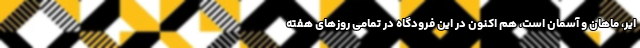
ایر، ماهان و آسمان است، هم اکنون در این فرودگاه در تمامی روزهای هفته